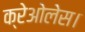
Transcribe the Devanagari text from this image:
क्रेओलेस।